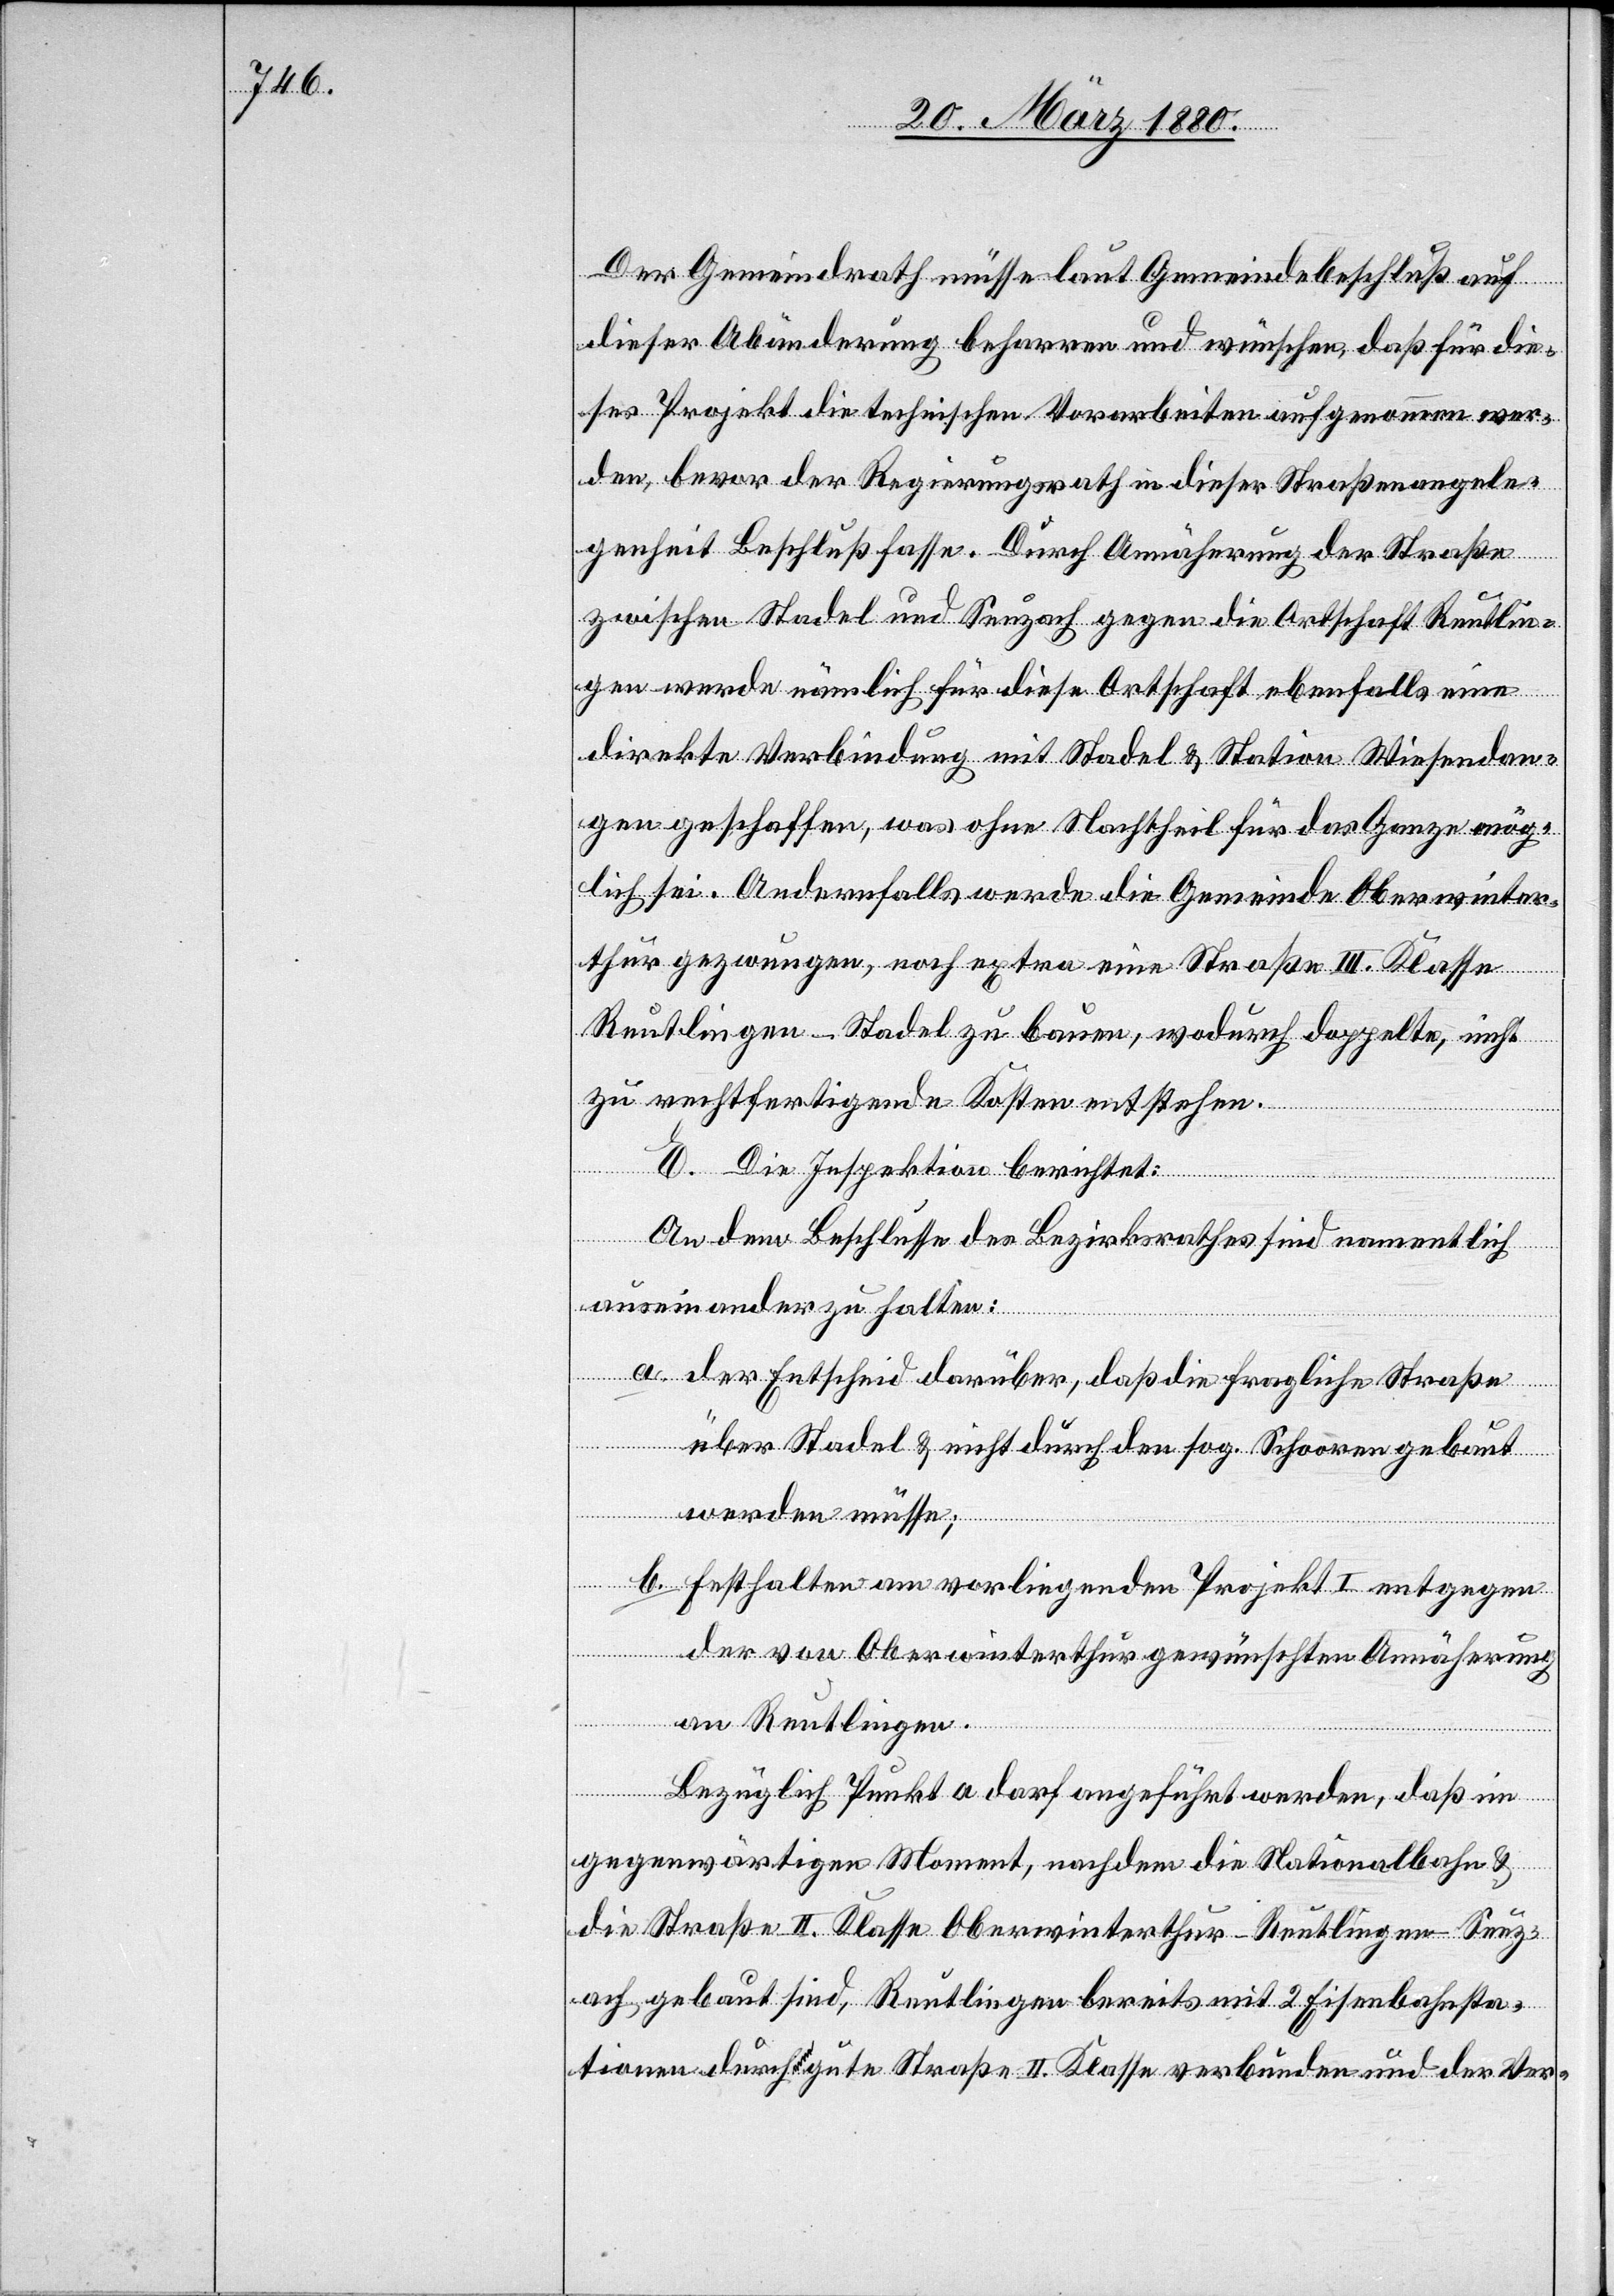
Der Gemeindrath müsse laut Gemeindebeschluß auf
dieser Abänderung beharren und wünschen, daß für die¬
ses Projekt die technischen Vorarbeiten aufgenommen wer¬
den, bevor der Regierungsrath in dieser Straßenangele¬
genheit Beschluß fasse. Durch Annäherung der Straße
zwischen Stadel und Seuzach gegen die Ortschaft Reutlin¬
gen werde nämlich für diese Ortschaft ebenfalls eine
direkte Verbindung mit Stadel & Station Wiesendan¬
gen geschaffen, was ohne Nachtheil für das Ganze mög¬
lich sei. Andernfalls werde die Gemeinde Oberwinter¬
thur gezwungen, noch extra eine Straße III. Klasse
Reutlingen–Stadel zu bauen, wodurch doppelte, nicht
zu rechtfertigende Kosten entstehen.
E. Die Inspektion berichtet:
An dem Beschlusse des Bezirksrathes sind namentlich
auseinander zu halten:
a. der Entscheid darüber, daß die fragliche Straße
über Stadel & nicht über den sog. Schooren gebaut
werden müsse;
b. Festhalten am vorliegenden Projekt I entgegen
der von Oberwinterthur gewünschten Annäherung
an Reutlingen.
Bezüglich Punkt a darf angeführt werden, daß im
gegenwärtigen Moment, nachdem die Nationalbahn &
die Straße II. Klasse Oberwinterthur–Reutlingen–Seuz¬
ach gebaut sind, Reutlingen bereits mit 2 Eisenbahnsta¬
tionen durch gute Straße[n] II. Klasse verbunden und der Ver-